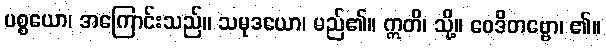
ပစ္စယော၊ အကြောင်းသည်။ သမုဒယော၊ မည်၏။ ဣတိ၊ သို့။ ဝေဒိတဗ္ဗော၊ ၏။